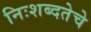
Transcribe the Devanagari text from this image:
निःशब्दतेचे